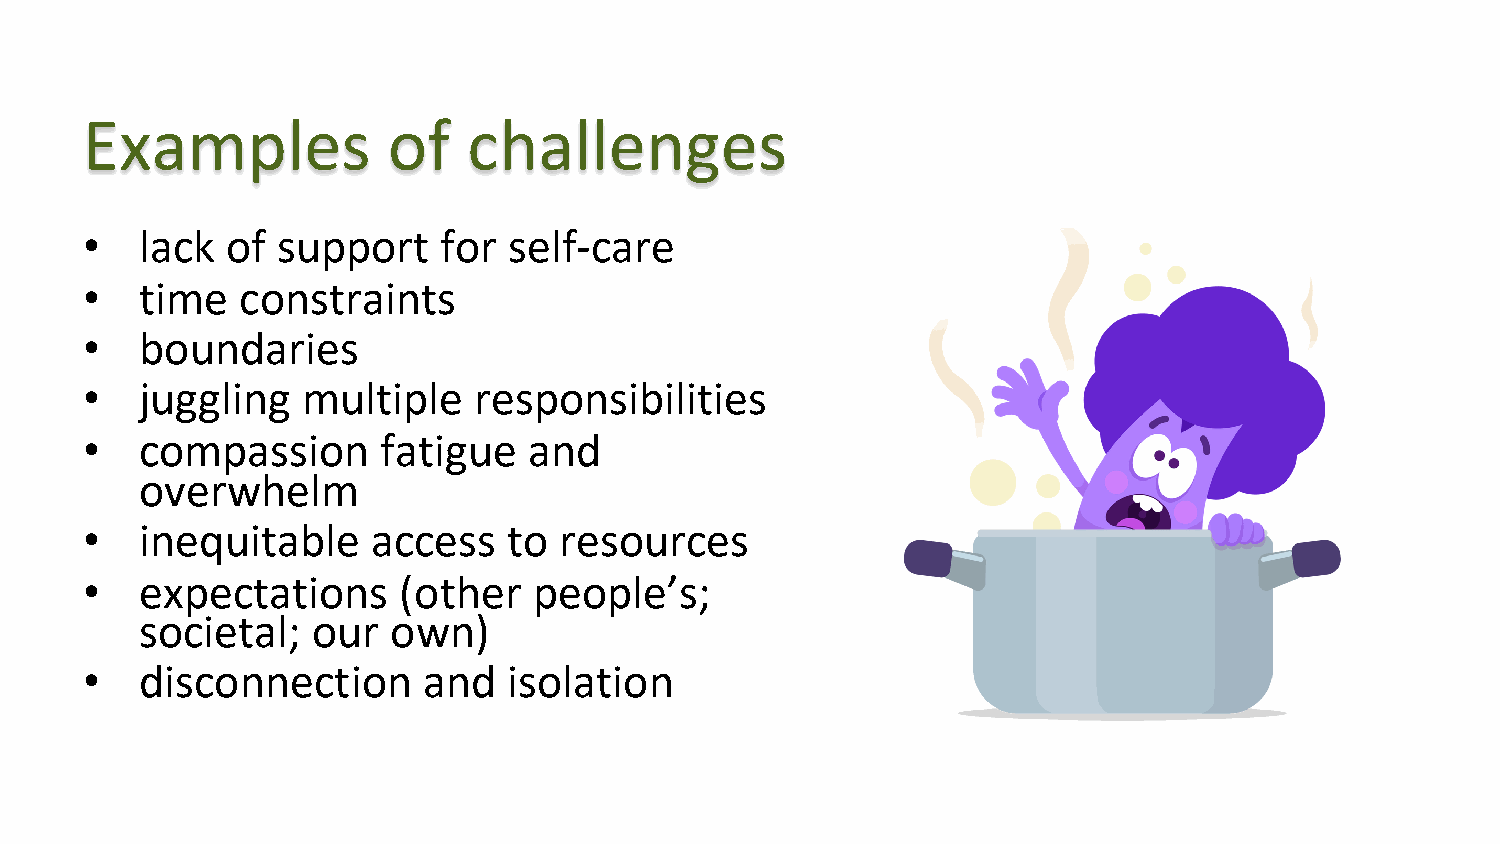
Examples             of   challenges
 •   lack  of support    for  self-care
 •   time   constraints
 •   boundaries
 •   juggling   multiple   responsibilities
 •   compassion      fatigue   and
 overwhelm
 •   inequitable     access   to resources
 •   expectations     (other   people’s;
 societal;   our  own)
 •   disconnection      and   isolation